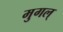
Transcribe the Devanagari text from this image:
मुगल्